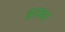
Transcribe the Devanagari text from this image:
इल्डर